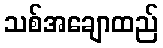
သစ်အချောထည်